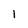
Character: 1